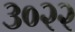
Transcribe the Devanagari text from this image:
३०२२